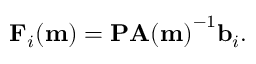
\mathbf { F } _ { i } ( \mathbf { m } ) = \mathbf { P } \mathbf { A ( m ) } ^ { - 1 } \mathbf { b } _ { i } .